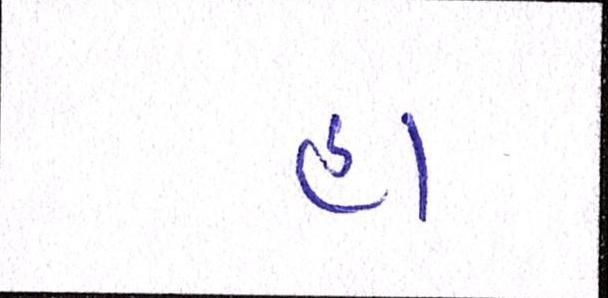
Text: હા